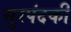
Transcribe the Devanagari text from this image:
सुरपंदकी